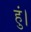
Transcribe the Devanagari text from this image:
हुं।